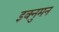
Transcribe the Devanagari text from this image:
इक्नुमन